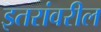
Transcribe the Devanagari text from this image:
इतरांवरील